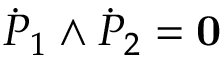
{ \dot { P } } _ { 1 } \wedge { \dot { P } } _ { 2 } = { \bf 0 }